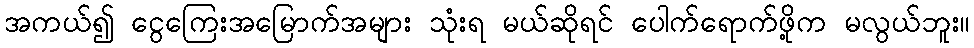
အကယ်၍ ငွေကြေးအမြောက်အများ သုံးရ မယ်ဆိုရင် ပေါက်ရောက်ဖို့က မလွယ်ဘူး။